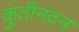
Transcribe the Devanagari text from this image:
कुंतीनंदन